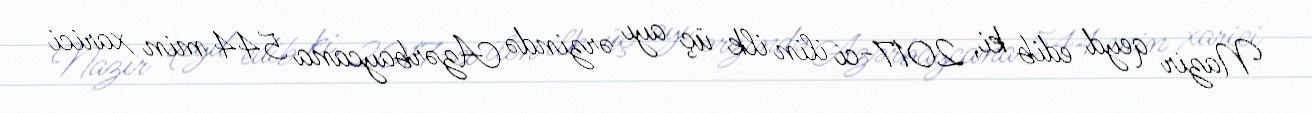
Nazir qeyd edib ki, 2017-ci ilin ilk üç ayı ərzində Azərbaycana 544 min xarici